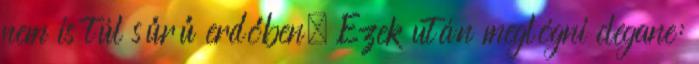
nem is túl sűrű erdőben. Ezek után meglógni clegane: